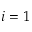
i = 1